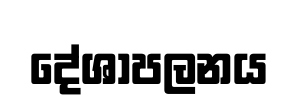
දේශාපලනය